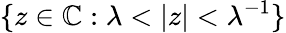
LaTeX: \{ z\in\mathbb{C}:\lambda<|z|<\lambda^{-1}\}